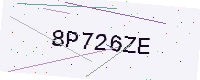
Text: 8P726ZE